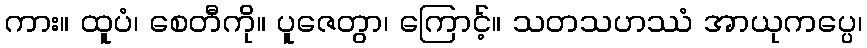
ကား။ ထူပံ၊ စေတီကို။ ပူဇေတွာ၊ ကြောင့်။ သတသဟဿံ အာယုကပ္ပေ၊